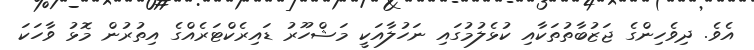
އެވެ. ދިވެހިންގެ ޖަޒުބާތުތަކާއި ކުޅެލުމުގައި ނަހުލާއަކީ މަޝްހޫރު ޑައިރެކްޓަރެއްގެ އިތުރުން މޮޅު ވާހަކަ